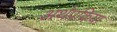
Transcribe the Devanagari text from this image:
अर्थप्रक्रिया